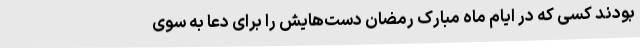
بودند کسی که در ایام ماه مبارک رمضان دست‌هایش را برای دعا به سوی